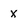
Character: x